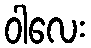
ဝါလေး